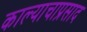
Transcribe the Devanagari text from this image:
काल्याचाप्रसाद